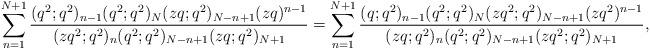
LaTeX: \begin{align*} \sum_{n=1}^{N+1}\frac{ (q^2;q^2)_{n-1}(q^2;q^2)_N(zq;q^2)_{N-n+1}(zq)^{n-1}}{(zq^2;q^2)_{n}(q^2;q^2)_{N-n+1}(zq;q^2)_{N+1}}=\sum_{n=1}^{N+1} \frac {(q;q^2)_{n-1}(q^2;q^2)_{N}(zq^2;q^2)_{N-n+1} (zq^2)^{n-1}}{(zq;q^2)_{n}(q^2;q^2)_{N-n+1}(zq^2;q^2)_{N+1} },\end{align*}